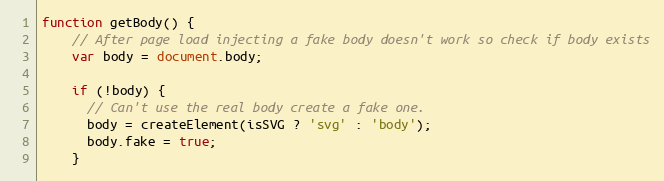
Language: JavaScript
function getBody() {
    // After page load injecting a fake body doesn't work so check if body exists
    var body = document.body;

    if (!body) {
      // Can't use the real body create a fake one.
      body = createElement(isSVG ? 'svg' : 'body');
      body.fake = true;
    }